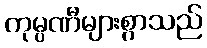
ကုမ္ပဏီများစွာသည်